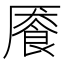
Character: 餍